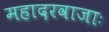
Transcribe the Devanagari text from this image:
महादरवाजाः